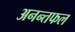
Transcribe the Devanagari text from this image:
अनन्तफल